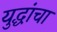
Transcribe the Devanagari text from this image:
युद्धांचा